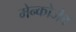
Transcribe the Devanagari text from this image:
मेन्कोजेब